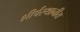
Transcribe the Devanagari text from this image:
शीर्षस्थानीय